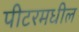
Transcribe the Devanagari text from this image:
पीटरमधील